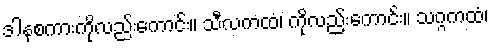
ဒါနစကားကိုလည်းကောင်း။ သီလကထံ၊ ကိုလည်းကောင်း။ သဂ္ဂကထံ၊